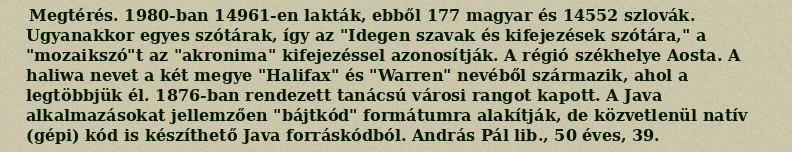
Megtérés. 1980-ban 14961-en lakták, ebből 177 magyar és 14552 szlovák. Ugyanakkor egyes szótárak, így az "Idegen szavak és kifejezések szótára," a "mozaikszó"t az "akronima" kifejezéssel azonosítják. A régió székhelye Aosta. A haliwa nevet a két megye "Halifax" és "Warren" nevéből származik, ahol a legtöbbjük él. 1876-ban rendezett tanácsú városi rangot kapott. A Java alkalmazásokat jellemzően "bájtkód" formátumra alakítják, de közvetlenül natív (gépi) kód is készíthető Java forráskódból. András Pál lib., 50 éves, 39.